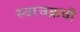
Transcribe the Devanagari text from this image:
स्वरचक्रची